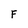
Character: F